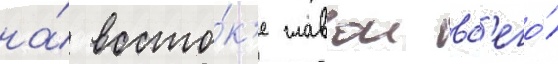
на́ восто́к'е главои вс'его́